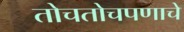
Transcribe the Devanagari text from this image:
तोचतोचपणाचे